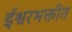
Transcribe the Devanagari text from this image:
ईश्वरभक्तीत